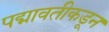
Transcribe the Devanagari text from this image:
पद्मावतीकडून